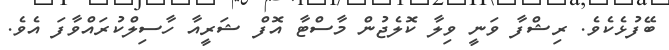
ބޭފުޅެކެވެ. ރިޝްފާ ވަނީ ވިލާ ކޮލެޖުން މާސްޓާ އޮފް ޝަރީއާ ހާސިލްކުރައްވާފަ އެވެ.